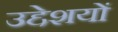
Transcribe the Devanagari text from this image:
उद्देशयों